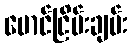
မောင်ငြိမ်းချမ်း